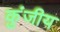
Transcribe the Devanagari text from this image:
कुंजीय